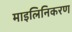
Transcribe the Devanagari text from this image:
माइलिनिकरण